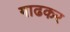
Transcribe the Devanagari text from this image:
गाढकर